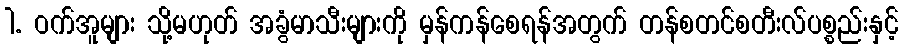
1. ဝက်အူများ သို့မဟုတ် အခွံမာသီးများကို မှန်ကန်စေရန်အတွက် တန်စတင်စတီးလ်ပစ္စည်းနှင့်